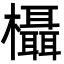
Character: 欇